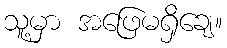
သူ့မှာ အဖြေမရှိချေ။